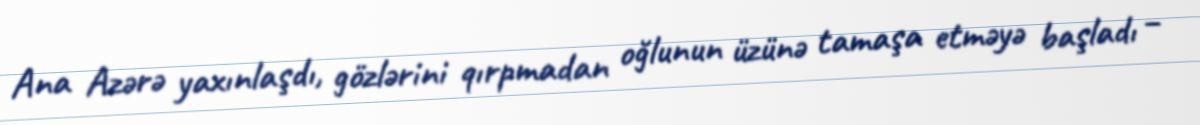
Ana Azərə yaxınlaşdı, gözlərini qırpmadan oğlunun üzünə tamaşa etməyə başladı –